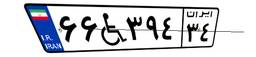
۶۶W۳۹۴۳۴